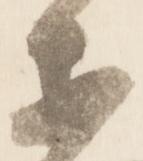
等